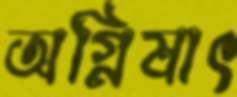
অগ্নিষাৎ